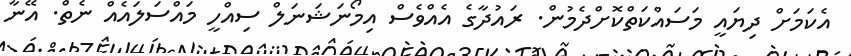
އެކަމަށް ދިޔައީ މަސައްކަތްކޮށްދެމުން. ރައުދާގެ އެއްވެސް އިމޯނަޝަނަލް ސިއްހީ މައްސަލައެއް ނެތް. އޭނާ